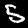
Digit: 5